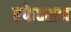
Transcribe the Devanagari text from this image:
एफेक्शन